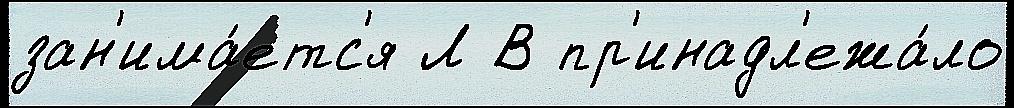
зан'има́етс'я Л В пр'инадл'ежа́ло